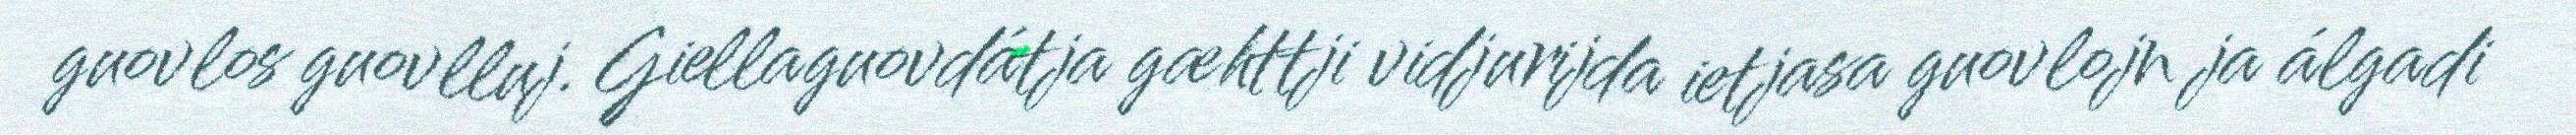
guovlos guovlluj. Giellaguovdátja gæhttji vidjurijda ietjasa guovlojn ja álgadi